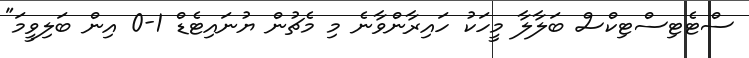
ސްޓެޓިސްޓިކްސް ބަލާލާ މީހަކު ހައިރާންވާނެ މި މެޗުން ޔުނައިޓެޑް 1-0 އިން ބަލިވީމަ"